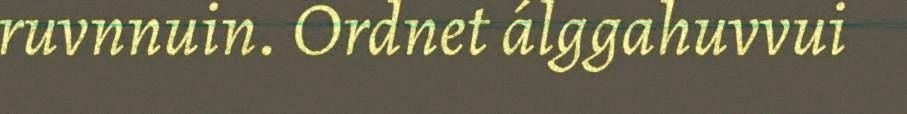
ruvnnuin. Ordnet álggahuvvui